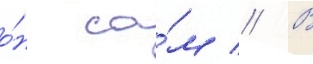
о́н са́м // В